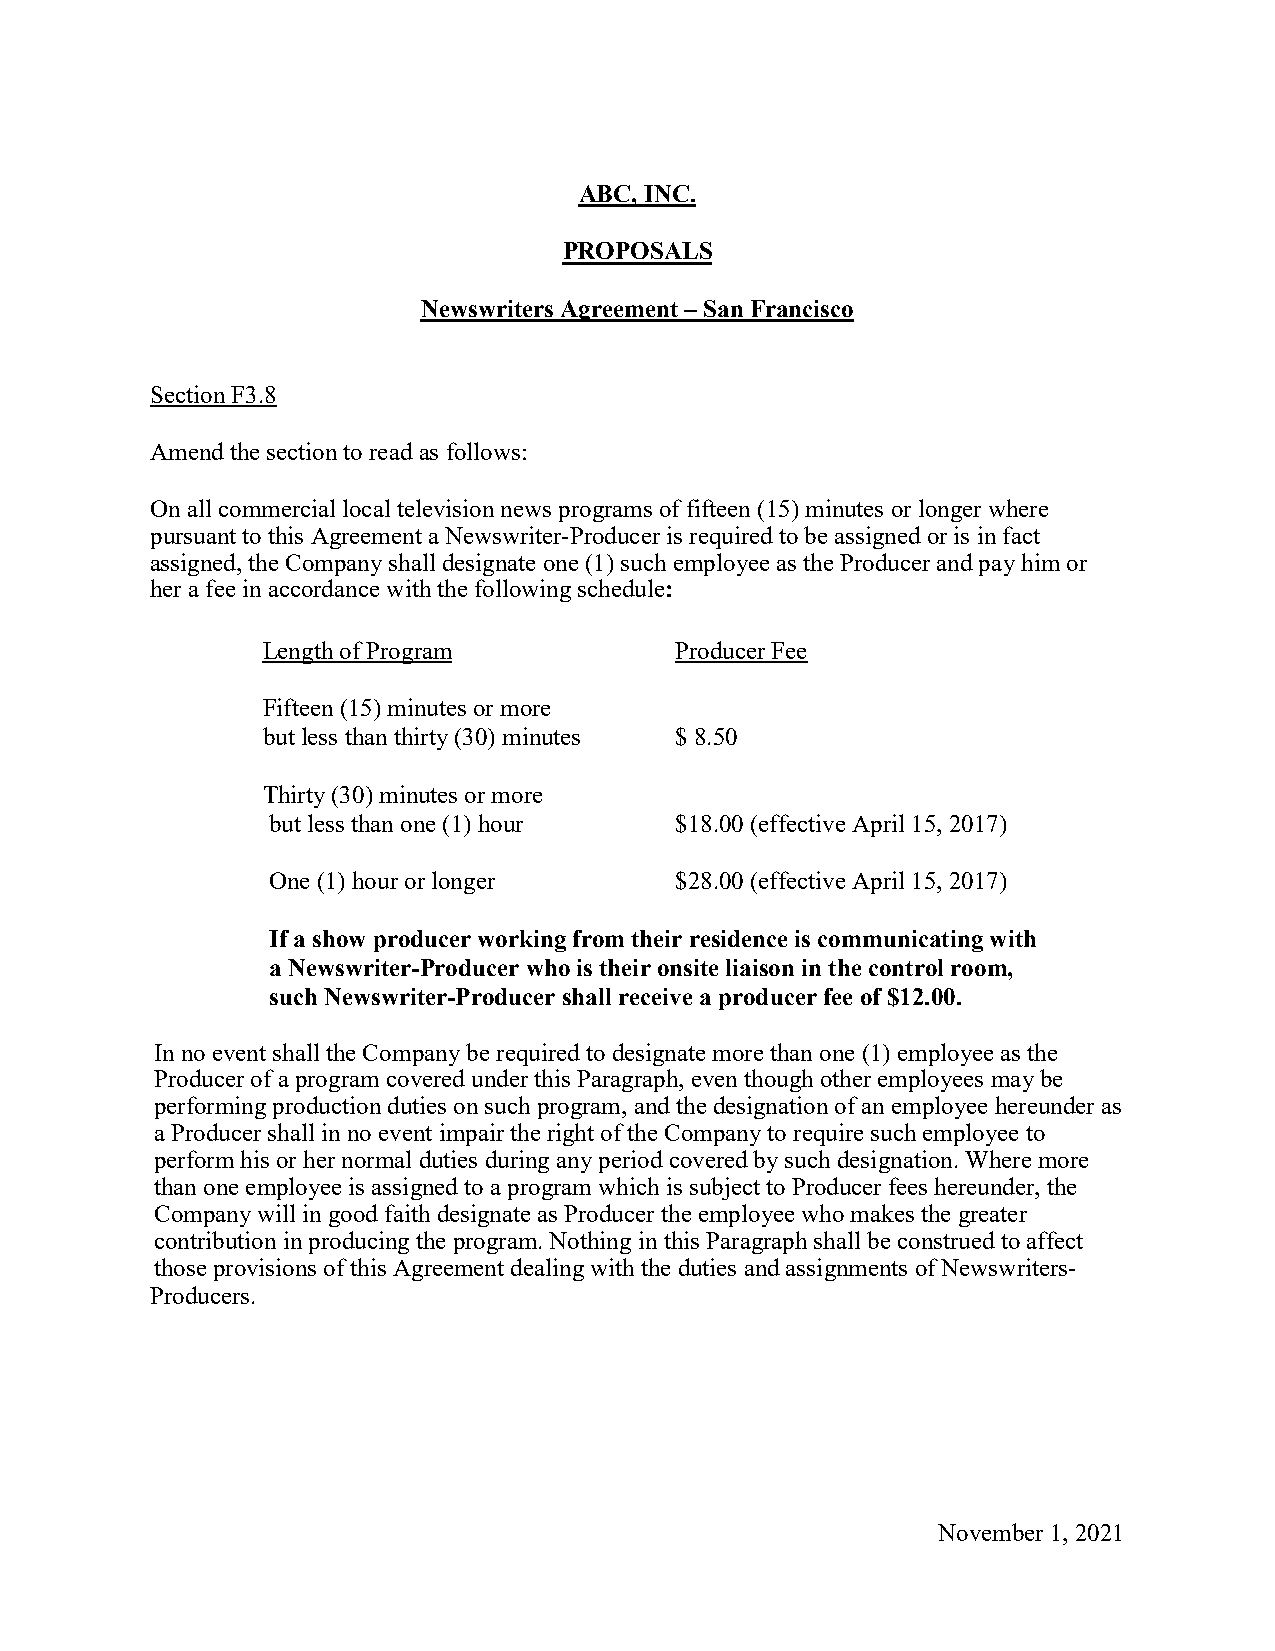
ABC, INC.
 PROPOSALS
 Newswriters Agreement – San Francisco
 Section F3.8
 Amend the section to read as follows:
 On all commercial local television news programs of fifteen (15) minutes or longer where
 pursuant to this Agreement a Newswriter-Producer is required to be assigned or is in fact
 assigned, the Company shall designate one (1) such employee as the Producer and pay him or
 her a fee in accordance with the following schedule:
 Length of Program           Producer Fee
 Fifteen (15) minutes or more
 but less than thirty (30) minutes $ 8.50
 Thirty (30) minutes or more
 but less than one (1) hour $18.00 (effective April 15, 2017)
 One (1) hour or longer     $28.00 (effective April 15, 2017)
 If a show producer working from their residence is communicating with
 a Newswriter-Producer who is their onsite liaison in the control room,
 such Newswriter-Producer shall receive a producer fee of $12.00.
 In no event shall the Company be required to designate more than one (1) employee as the
 Producer of a program covered under this Paragraph, even though other employees may be
 performing production duties on such program, and the designation of an employee hereunder as
 a Producer shall in no event impair the right of the Company to require such employee to
 perform his or her normal duties during any period covered by such designation. Where more
 than one employee is assigned to a program which is subject to Producer fees hereunder, the
 Company will in good faith designate as Producer the employee who makes the greater
 contribution in producing the program. Nothing in this Paragraph shall be construed to affect
 those provisions of this Agreement dealing with the duties and assignments of Newswriters-
 Producers.
 November 1, 2021